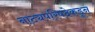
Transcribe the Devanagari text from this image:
नाट्यपरिषदेकडून